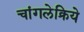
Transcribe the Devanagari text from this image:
चांगलेक्रिये